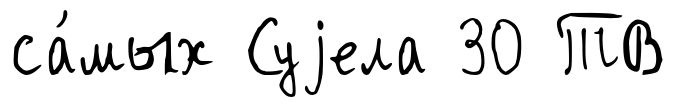
са́мых Суjела 30 ТВ